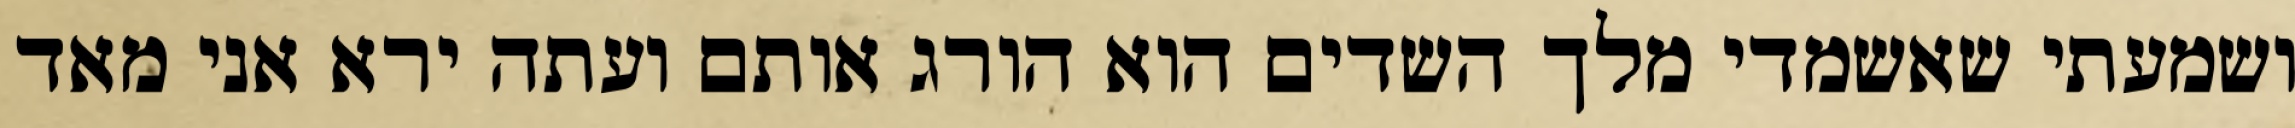
ושמעתי שאשמדי מלך השדים הוא הורג אותם ועתה ירא אני מאד